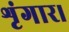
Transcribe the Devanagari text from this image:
शृंगार।